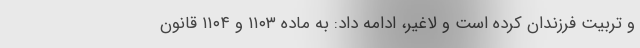
و تربیت فرزندان کرده است و لاغیر، ادامه داد: به ماده ۱۱۰۳ و ۱۱۰۴ قانون